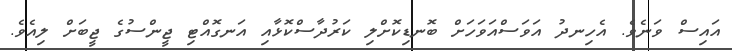
އައިސް ވަނެވެ. އެހިނދު އަވަސްއަވަހަށް ބޮނޑިކޮށްލި ކަރުދާސްކޮޅާއި އަނގޮއްޓި ޖީންސުގެ ޖީބަށް ލިއެވެ.